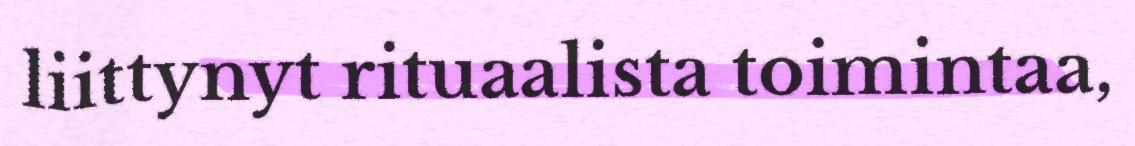
liittynyt rituaalista toimintaa,